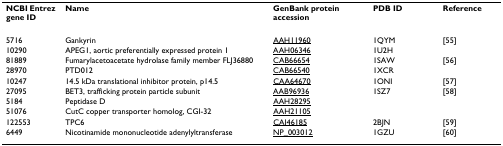
<table><thead><tr><td><b>NCBI Entrez gene ID</b></td><td><b>Name</b></td><td><b>GenBank protein accession</b></td><td><b>PDB ID</b></td><td><b>Reference</b></td></tr></thead><tbody><tr><td>5716</td><td>Gankyrin</td><td>AAH11960</td><td>1QYM</td><td>[55]</td></tr><tr><td>10290</td><td>APEG1, aortic preferentially expressed protein 1</td><td>AAH06346</td><td>1U2H</td><td></td></tr><tr><td>81889</td><td>Fumarylacetoacetate hydrolase family member FLJ36880</td><td>CAB66654</td><td>1SAW</td><td>[56]</td></tr><tr><td>28970</td><td>PTD012</td><td>CAB66540</td><td>1XCR</td><td></td></tr><tr><td>10247</td><td>14.5 kDa translational inhibitor protein, p14.5</td><td>CAA64670</td><td>1ONI</td><td>[57]</td></tr><tr><td>27095</td><td>BET3, trafficking protein particle subunit</td><td>AAB96936</td><td>1SZ7</td><td>[58]</td></tr><tr><td>5184</td><td>Peptidase D</td><td>AAH28295</td><td></td><td></td></tr><tr><td>51076</td><td>CutC copper transporter homolog, CGI-32</td><td>AAH21105</td><td></td><td></td></tr><tr><td>122553</td><td>TPC6</td><td>CAI46185</td><td>2BJN</td><td>[59]</td></tr><tr><td>6449</td><td>Nicotinamide mononucleotide adenylyltransferase</td><td>NP_003012</td><td>1GZU</td><td>[60]</td></tr></tbody></table>